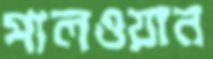
পালওয়ান